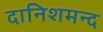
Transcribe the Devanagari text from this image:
दानिशमन्द